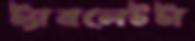
ট্যাবলেটটা